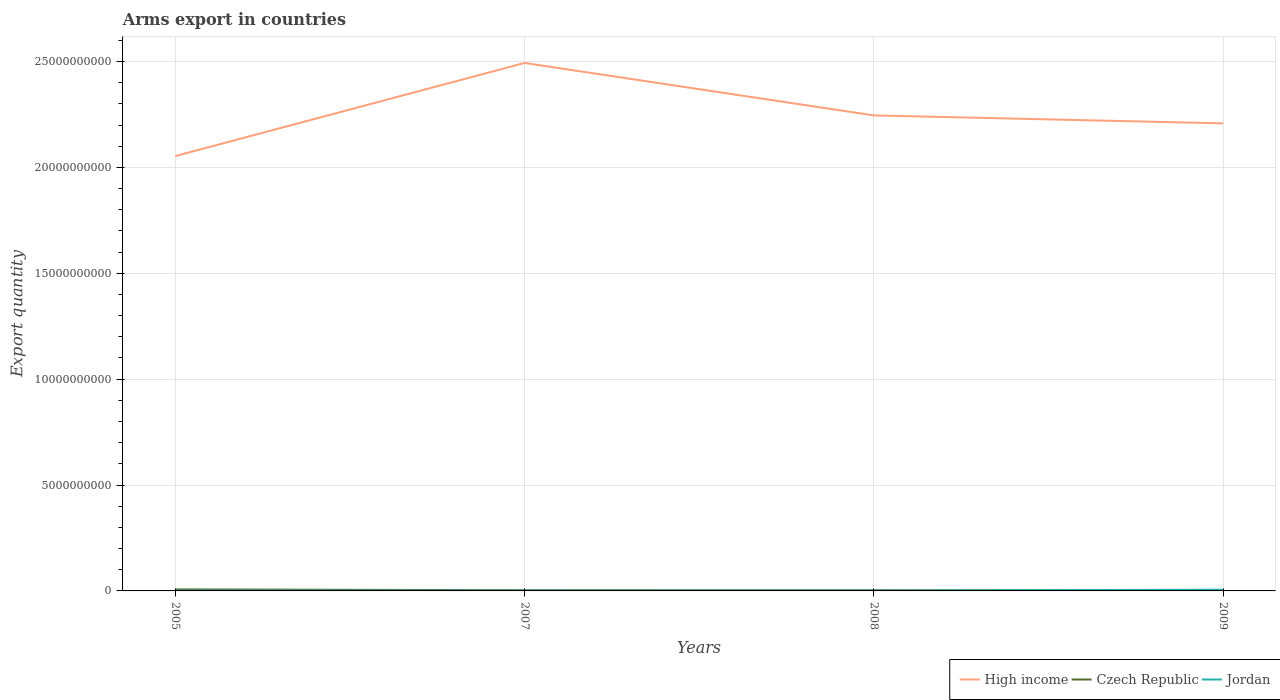
| Years | High income | Czech Republic | Jordan |
 | --- | --- | --- | --- |
 | 2005 | 2.05e+10 | 7.3e+07 | 2e+07 |
 | 2007 | 2.49e+10 | 3.2e+07 | 1.3e+07 |
 | 2008 | 2.25e+10 | 3.2e+07 | 1.2e+07 |
 | 2009 | 2.21e+10 | 2.2e+07 | 6e+07 |